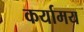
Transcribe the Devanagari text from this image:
कर्यामय